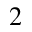
^ 2